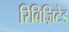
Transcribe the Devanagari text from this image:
रिविज़िटेड